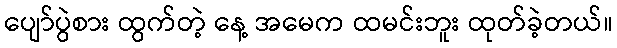
ပျော်ပွဲစား ထွက်တဲ့ နေ့ အမေက ထမင်းဘူး ထုတ်ခဲ့တယ်။